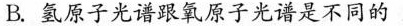
B. 氢原子光谱跟氧原子光谱是不同的